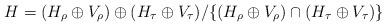
LaTeX: \begin{align*}H=(H_{\rho}\oplus V_{\rho}) \oplus (H_{\tau}\oplus V_{\tau}) \textfractionsolidus \{(H_{\rho}\oplus V_{\rho}) \cap (H_{\tau}\oplus V_{\tau})\}\end{align*}